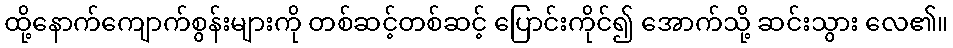
ထို့နောက်ကျောက်စွန်းများကို တစ်ဆင့်တစ်ဆင့် ပြောင်းကိုင်၍ အောက်သို့ ဆင်းသွား လေ၏။